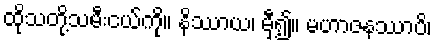
ထိုသတို့သမီးငယ်ကို။ နိဿာယ၊ မှီ၍။ မဟာဇနဿာပိ၊